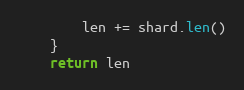
Language: Go
		len += shard.len()
	}
	return len